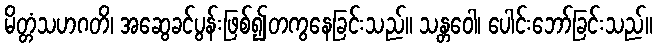
မိတ္တံသဟဂတိ၊ အဆွေခင်ပွန်းဖြစ်၍တကွနေခြင်းသည်။ သန္တဝေါ၊ ပေါင်းဘော်ခြင်းသည်။